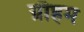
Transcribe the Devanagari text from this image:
ग्रौहम